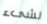
لشىء